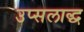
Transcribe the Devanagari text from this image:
उप्सलाद्ध